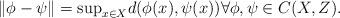
LaTeX: \begin{gather*}\|\phi-\psi\|={\sup}_{x\in X}d(\phi(x),\psi(x))\forall \phi,\psi\in C(X,Z).\end{gather*}